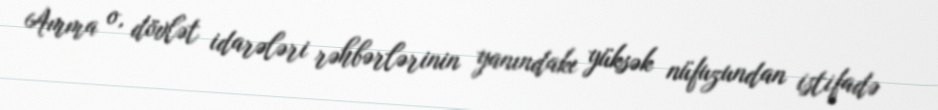
Amma o, dövlət idarələri rəhbərlərinin yanındakı yüksək nüfuzundan istifadə